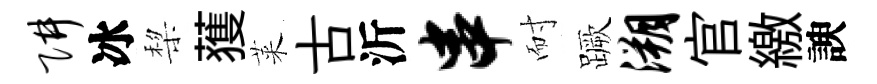
阱冰棃𫉬萊古沂串耐蹶溯官繳諛